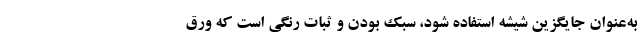
به‌عنوان جایگزین شیشه استفاده شود، سبک بودن و ثبات رنگی است که ورق